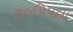
રાજપિપલા